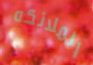
الملائكه